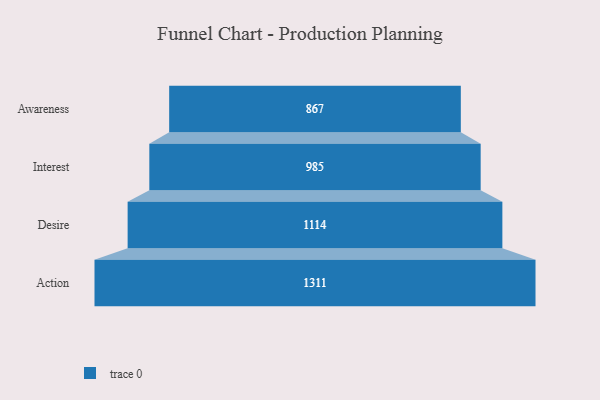
{"axis": {"x": "Stage", "y": "Value"}, "legend": [""], "data": [{"x": "Awareness", "y": 867.0, "type": ""}, {"x": "Interest", "y": 985.0, "type": ""}, {"x": "Desire", "y": 1114.0, "type": ""}, {"x": "Action", "y": 1311.0, "type": ""}]}